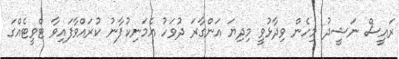
ރައީސް ނަޝީދު މިހެން ވިދާޅުވީ މިދިޔަ އަންގާރަ ދުވަހު އެމަނިކުފާނު ކުރައްވާފައިވާ ޓްވީޓެއްގަ